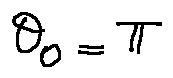
\theta _ { 0 } = \pi